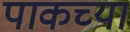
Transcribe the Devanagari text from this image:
पाकच्या